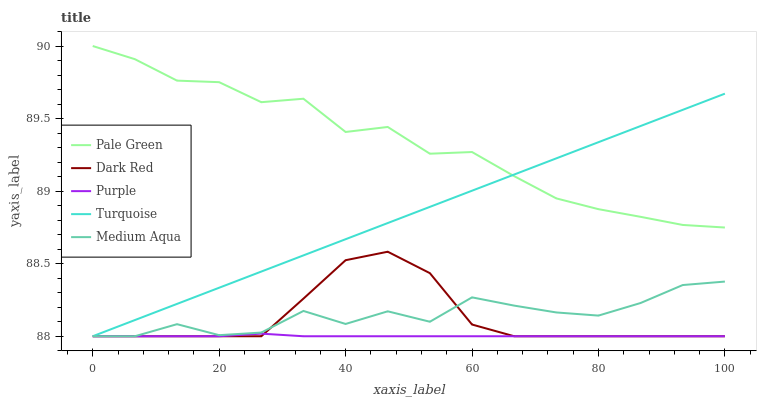
| xaxis_label | Pale Green | Dark Red | Purple | Turquoise | Medium Aqua |
 | --- | --- | --- | --- | --- | --- |
 | 0 | 90 | 88 | 88 | 88 | 88 |
 | 6.67 | 89.9 | 88 | 88 | 88.1 | 88 |
 | 13.3 | 89.8 | 88 | 88 | 88.2 | 88.1 |
 | 20 | 89.8 | 88 | 88 | 88.3 | 88 |
 | 26.7 | 89.6 | 88 | 88 | 88.4 | 88 |
 | 33.3 | 89.6 | 88.3 | 88 | 88.6 | 88.2 |
 | 40 | 89.4 | 88.5 | 88 | 88.7 | 88.1 |
 | 46.7 | 89.4 | 88.6 | 88 | 88.8 | 88.2 |
 | 53.3 | 89.3 | 88.4 | 88 | 88.9 | 88.1 |
 | 60 | 89.3 | 88.1 | 88 | 89 | 88.3 |
 | 66.7 | 89.1 | 88 | 88 | 89.1 | 88.2 |
 | 73.3 | 88.9 | 88 | 88 | 89.2 | 88.2 |
 | 80 | 88.9 | 88 | 88 | 89.3 | 88.1 |
 | 86.7 | 88.8 | 88 | 88 | 89.4 | 88.2 |
 | 93.3 | 88.8 | 88 | 88 | 89.6 | 88.4 |
 | 100 | 88.7 | 88 | 88 | 89.7 | 88.4 |